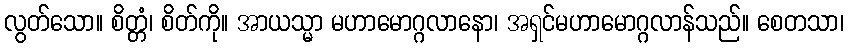
လွတ်သော။ စိတ္တံ၊ စိတ်ကို။ အာယသ္မာ မဟာမောဂ္ဂလာနော၊ အရှင်မဟာမောဂ္ဂလာန်သည်။ စေတသာ၊